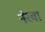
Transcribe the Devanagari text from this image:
नेरवा